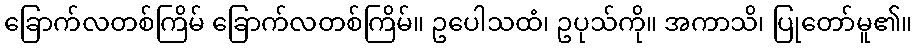
ခြောက်လတစ်ကြိမ် ခြောက်လတစ်ကြိမ်။ ဥပေါသထံ၊ ဥပုသ်ကို။ အကာသိ၊ ပြုတော်မူ၏။